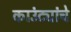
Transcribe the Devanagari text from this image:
काउंट्यांचे